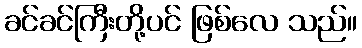
ခင်ခင်ကြီးတို့ပင် ဖြစ်လေ သည်။